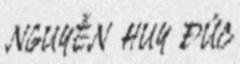
NGUYỄN HUY ĐỨC